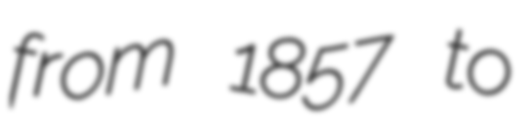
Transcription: from 1857 to